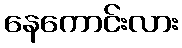
နေကောင်းလား